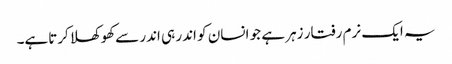
یہ ایک نرم رفتار زہر ہے جو انسان کو اندر ہی اندر سےکھوکھلا کرتاہے۔